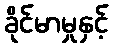
ခိုင်မာမှုနှင့်